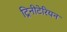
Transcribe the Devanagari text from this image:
ट्रिनीटेरियन